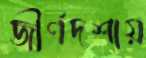
জীর্ণদশায়